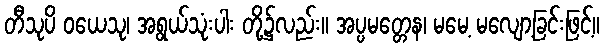
တီသုပိ ဝယေသု၊ အရွယ်သုံးပါး တို့၌လည်း။ အပ္ပမတ္တေန၊ မမေ့ မလျော့ခြင်းဖြင့်။